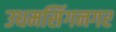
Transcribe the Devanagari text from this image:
उधमसिंगनगर